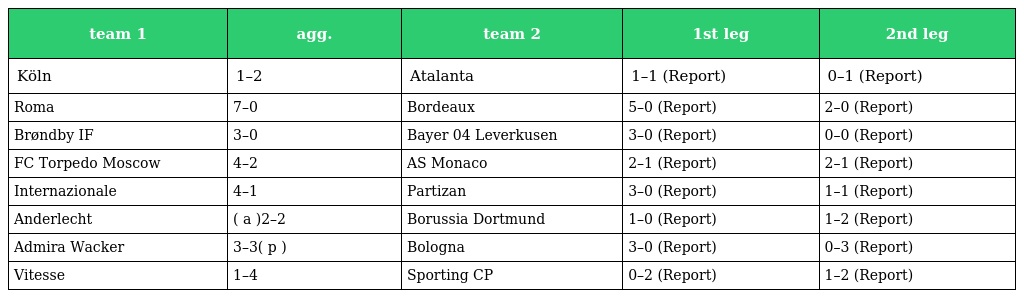
| team 1 | agg. | team 2 | 1st leg | 2nd leg |
 | --- | --- | --- | --- | --- |
 | Köln | 1–2 | Atalanta | 1–1 (Report) | 0–1 (Report) |
 | Roma | 7–0 | Bordeaux | 5–0 (Report) | 2–0 (Report) |
 | Brøndby IF | 3–0 | Bayer 04 Leverkusen | 3–0 (Report) | 0–0 (Report) |
 | FC Torpedo Moscow | 4–2 | AS Monaco | 2–1 (Report) | 2–1 (Report) |
 | Internazionale | 4–1 | Partizan | 3–0 (Report) | 1–1 (Report) |
 | Anderlecht | ( a )2–2 | Borussia Dortmund | 1–0 (Report) | 1–2 (Report) |
 | Admira Wacker | 3–3( p ) | Bologna | 3–0 (Report) | 0–3 (Report) |
 | Vitesse | 1–4 | Sporting CP | 0–2 (Report) | 1–2 (Report) |